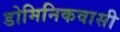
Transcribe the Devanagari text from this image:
डोमिनिकवासी